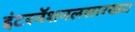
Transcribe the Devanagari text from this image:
इंटरनॅशनलसारख्या